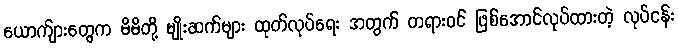
ယောက်ျားတွေက မိမိတို့ မျိုးဆက်များ ထုတ်လုပ်ရေး အတွက် တရားဝင် ဖြစ်အောင်လုပ်ထားတဲ့ လုပ်ငန်း